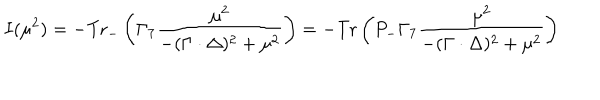
I ( \mu ^ { 2 } ) = - \mathrm { T r } _ { - } \left( \Gamma _ { 7 } \frac { \mu ^ { 2 } } { - ( \Gamma \cdot \Delta ) ^ { 2 } + \mu ^ { 2 } } \right) = - \mathrm { T r } \left( P _ { - } \Gamma _ { 7 } \frac { \mu ^ { 2 } } { - ( \Gamma \cdot \Delta ) ^ { 2 } + \mu ^ { 2 } } \right)